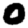
Digit: 0